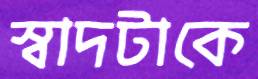
স্বাদটাকে